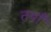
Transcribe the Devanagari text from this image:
तयाँ